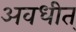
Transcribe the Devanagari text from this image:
अवधीत्‌